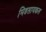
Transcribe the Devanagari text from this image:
मिडसायकल